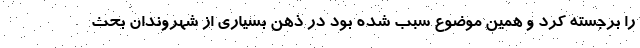
را برجسته کرد و همین موضوع سبب شده بود در ذهن بسیاری از شهروندان بحث